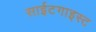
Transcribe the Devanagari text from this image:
साईटगाइस्ट